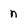
Character: n